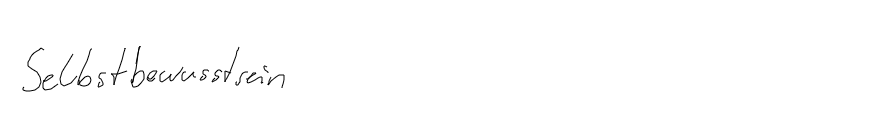
Selbstbewusstsein